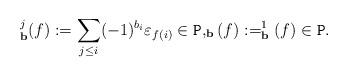
LaTeX: \begin{align*}^j_{\bf b}(f) :=\sum_{j\le i}(-1)^{b_i}\varepsilon_{f(i)}\in \texttt{P},_{\bf b}(f):=^{1}_{\bf b}(f)\in \texttt{P}.\end{align*}